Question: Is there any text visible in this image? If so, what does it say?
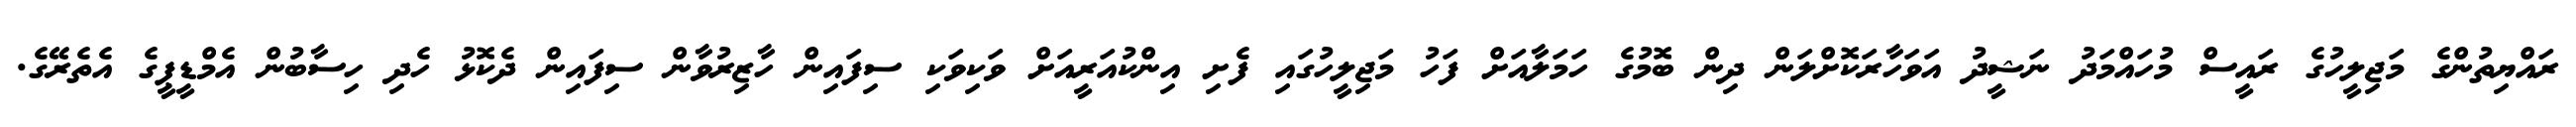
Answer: ރައްޔިތުންގެ މަޖިލީހުގެ ރައީސް މުހައްމަދު ނަޝީދު އަވަހާރަކޮށްލަން ދިން ބޮމުގެ ހަމަލާއަށް ފަހު މަޖިލީހުގައި ފެށި އިންކުއަރީއަށް ވަކިވަކި ސިފައިން ހާޒިރުވާން ސިފައިން ދެކޮޅު ހެދި ހިސާބުން އެމްޑީޕީގެ އެތެރޭގެ.